Report of the King Institute of Preventive Medicine, Guindy
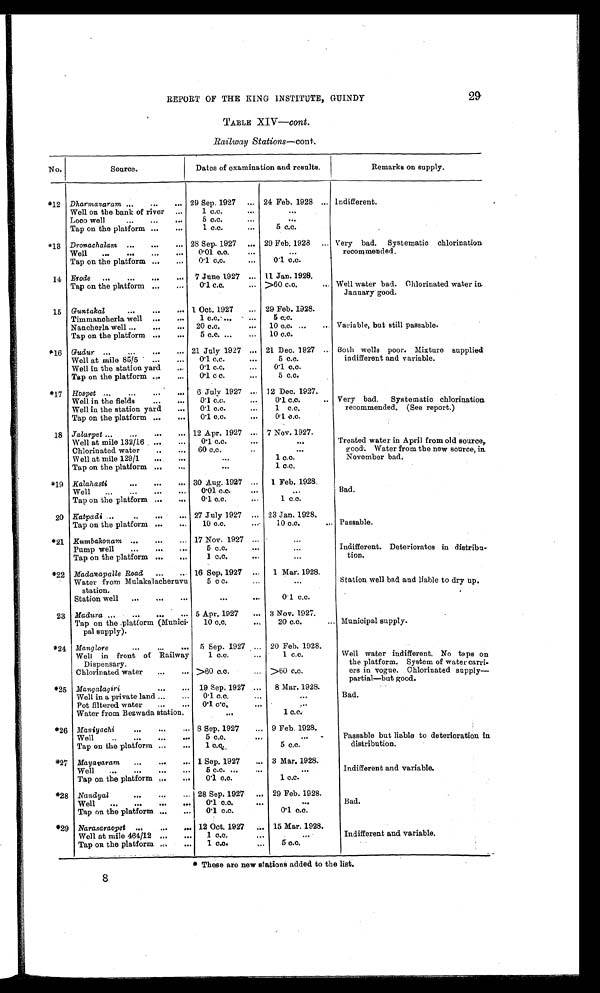
29
REPORT OF THE KING INSTITUTE, GUINDY
TABLE XIV— cont .
Railway Stations —cont .
No.
Source.
Dates of examination and results.
Remarks on supply.
*12
Dharmavaram . . .
29 Sep. 1927 . . .
24 Feb. 1928 . . .
Indifferent.
Well on the bank of river . . .
1 c.c. . . .
. . .
Loco well . . .
5 c.c. . . .
. . .
Tap on the platform . . .
1 c.c. . . .
5 c.c.
*13
Dronachalam . . .
28 Sep. 1927 . . .
29 Feb. 1928 . . .
Very bad. Systematic chlorination
recommended.
Well . . .
0.01 c.c. . . .
. . .
Tap on the platform . . .
0.1 c.c. . . .
0.1 c.c.
14
Erode . . .
7 June 1927 . . .
11 Jan. 1928.
Well water bad. Chlorinated water in.
January good.
Tap on the platform . . .
0.1 c.c. . . .
>60 c.c. . . .
15 Guntakal . . .
1 Oct. 1927 . . .
29 Feb. 1928.
Variable, but still passable.
Timmanoherla well . . .
1 c.c. . . .
5 c.c.
Nancherla well . . .
20 c.c. . . .
10 c.c. . . .
Tap on the platform . . .
5 c.c. . . .
10 c.c.
* 1 6
Gudur . . .
21 July 1927 . . .
21 Dec. 1927 . . .
Both wells poor. Mixture supplied
indifferent and variable.
Well at mile 85/5 . . .
0.1 c.c. . . .
5 c.c.
Well in the station yard . . .
0.1 c.c. . . .
0 . 1 c . c .
Tap on the platform . . .
0.1 c. c. . . .
5 c.c.
*17
Hospet . . .
6 July 1927 . . .
12 Dec. 1927.
Very bad. Systematic chlorination.
recommended. (See report.)
Well in the fields . . .
0.1 c.c. . . .
0.1 c.c. . . .
Well in the station yard . . .
0.1 c.c. . . .
1 c.c.
Tap on the platform . . .
0.1 c.c. . . .
0.1 c.c.
18 Jalarpet . . .
12 Apr. 1927 . . .
7 Nov. 1927.
Treated water in April from old source,
good. Water from the new source, in.
November bad.
Well at mile 132/16 . . .
0.1 c.c. . . .
. . .
Chlorinated water . . .
60 c.c. . . .
. . .
Well at mile 129/1 . . .
. . .
1 c.c.
Tap on the platform . . .
. . .
1 c.c.
*19
Kalahasti . . .
30 Aug. 1927 . . .
1 Feb. 1928.
Bad.
Well . . .
0.01 c.c. . . .
. . .
Tap on the platform . . .
0.1 c.c. . . .
1 c.c.
20
Katpadi . . .
27 July 1927 . . .
23 Jan. 1928.
Passable.
Tap on the platform . . .
10 c.c. . . .
10 c.c. . . .
*21 Kumbakonam . . .
17 Nov. 1927 . . .
. . .
Indifferent. Deteriorates in distrib
u-tion.
Pump well . . .
5 c.c. . . .
. . .
Tap on the platform . . .
1 c.c. . . .
. . .
*22
Madanapalle Road . . .
16 Sep. 1927 . . .
1 Mar. 1928.
Station well bad and liable to dry up.
Water from Mulakalachernvu
station.
5 c.c. . . .
. . .
Station well . . .
. . .
0.1 c.c.
23
Madura . . .
5 Apr. 1927 . . .
3 Nov. 1927.
Municipal supply.
Tap on the platform (Munici
-pal supply).
10 c.c. . . .
20 c.c. . . .
*24
Manglore . . .
5 Sep. 1927 . . . 20 Feb. 1928.
Well water indifferent. No taps on
the platform. System of water carri
-ers in vogue. Chlorinated supply
—partial—but good.
Well in front of Railway
Dispensary.
1 c.c. . . .
1 c.c.
Chlorinated water . . .
>60 c.c. . . . >60 c.c.
*25
Mangalagiri . . .
19 Sep. 1927 . . .
8 Mar. 1928.
Bad.
well in a private land . . .
0.1 c.c. . . .
. . .
Pot filtered water . . .
0.1. cc. . . .
. . .
Water from Bezwada station.
. . .
1 c.c.
*26
Maniyachi . . .
8 Sep. 1927 . . . 9 Feb. 1928.
Passable but liable to deterioration in
distribution.
Well . . .
5 c.c. . . .
. . .
Tap on the platform . . .
1 c.c.
5 c.c.
*27
Mayavaram . . .
1 Sep. 1927 . . . 3 Mar. 1928.
Indifferent and variable.
Well . . .
5 c.c. . . .
. . .
Tap on the platform . . .
0.1 c.c. . . .
1 c.c.
*28
Nandyal . . .
28 Sep. 1927 . . . 29 Feb. 1928.
Bad.
Well . . .
0.1 c.c. . . .
. . .
Tap on the platform . . .
0.1 c.c.
0.1 c.c.
*29
Narasaraopet . . .
12 Oct. 1927 . . .
15 Mar. 1928.
Indifferent and variable.
Well at mile 464/12 . . .
1 c.c. . . .
. . .
Tap on the platform . . .
1 c.c. . . .
5 c . c . . . .
* These are new stations added to the list.
8